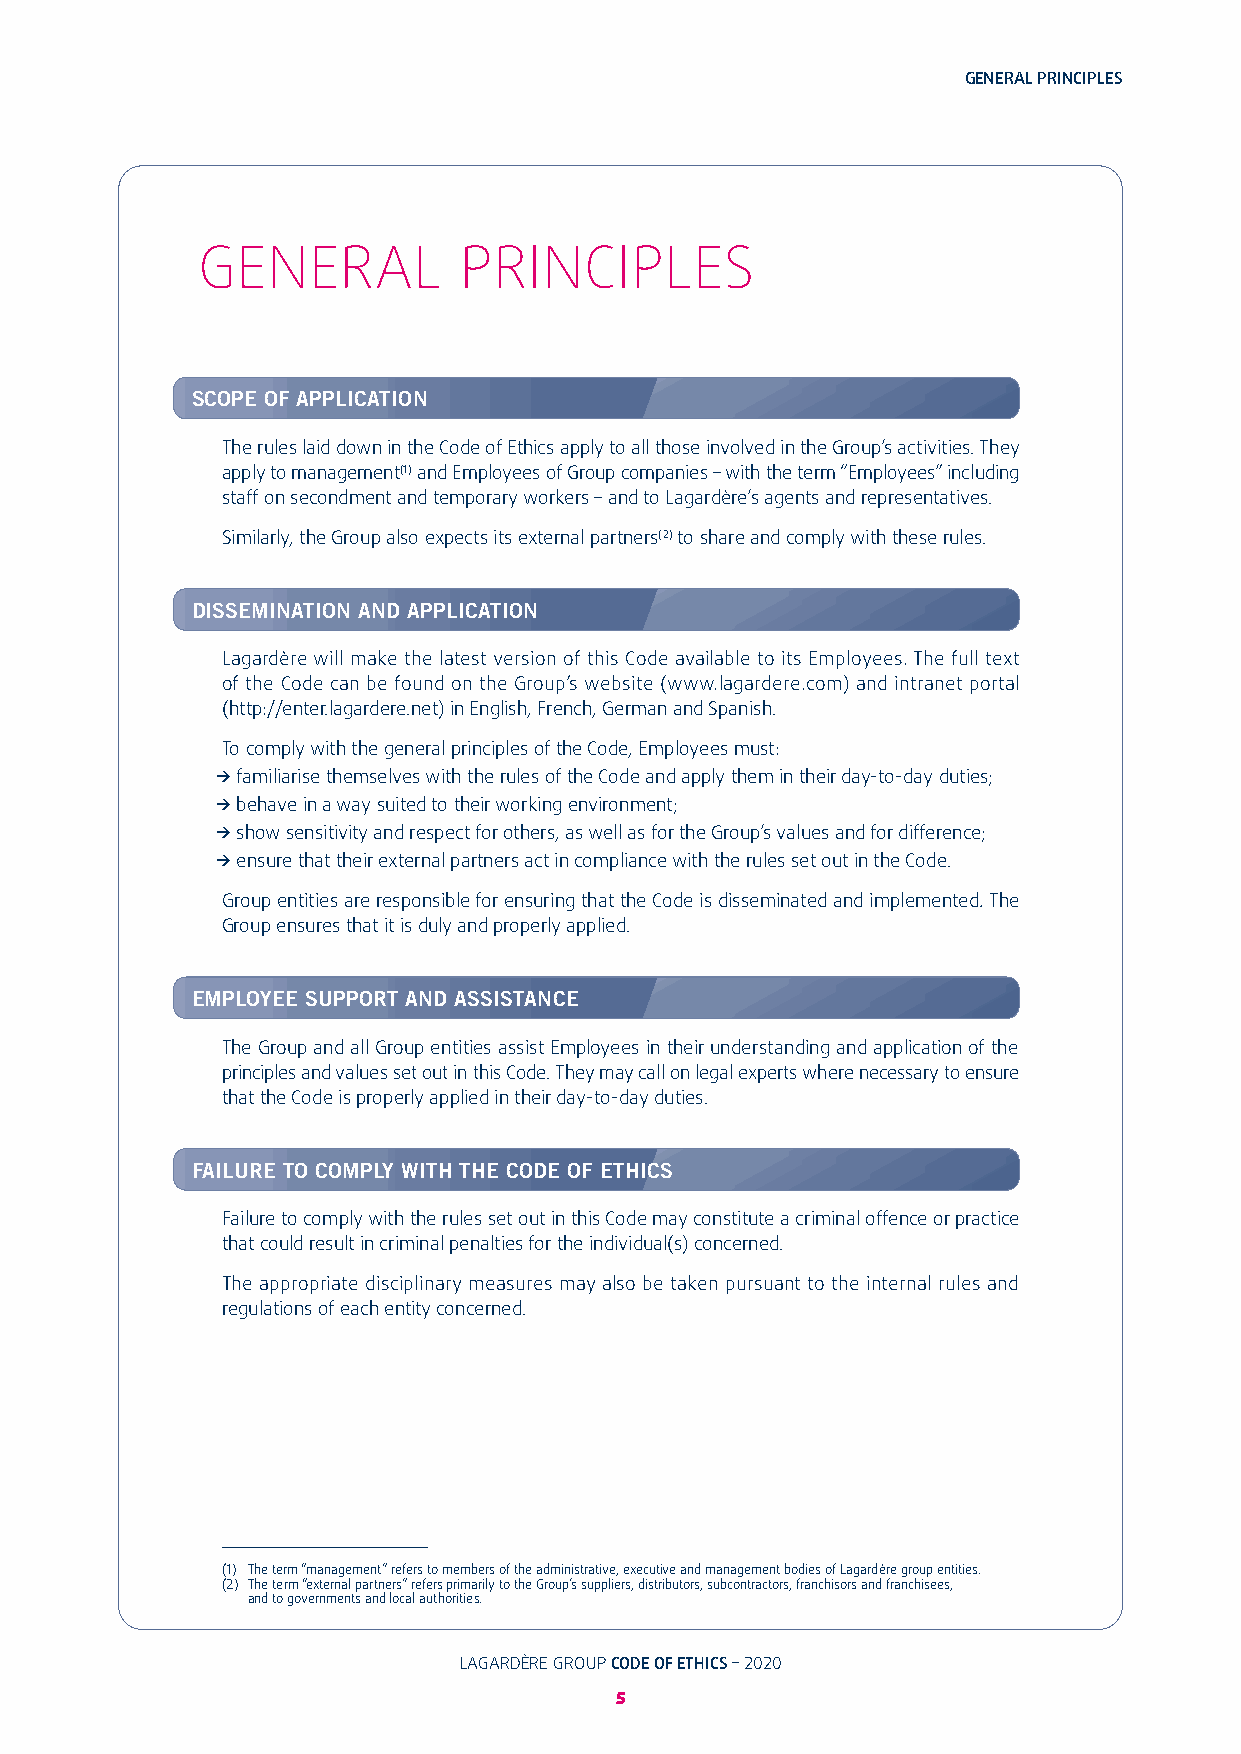
GENERAL PRINCIPLES
 GENERAL          PRINCIPLES
 SCOPE OF APPLICATION
 The rules laid down in the Code of Ethics apply to all those involved in the Group’s activities� They
 apply to management(1) and Employees of Group companies – with the term “Employees” including
 staff on secondment and temporary workers – and to Lagardère’s agents and representatives�
 Similarly, the Group also expects its external partners(2) to share and comply with these rules�
 DISSEMINATION AND APPLICATION
 Lagardère will make the latest version of this Code available to its Employees� The full text
 of the Code can be found on the Group’s website (www�lagardere�com) and intranet portal
 (http://enter�lagardere�net) in English, French, German and Spanish�
 To comply with the general principles of the Code, Employees must:
 _ familiarise themselves with the rules of the Code and apply them in their day-to-day duties;
 _ behave in a way suited to their working environment;
 _ show sensitivity and respect for others, as well as for the Group’s values and for difference;
 _ ensure that their external partners act in compliance with the rules set out in the Code�
 Group entities are responsible for ensuring that the Code is disseminated and implemented� The
 Group ensures that it is duly and properly applied�
 EMPLOYEE SUPPORT AND ASSISTANCE
 The Group and all Group entities assist Employees in their understanding and application of the
 principles and values set out in this Code� They may call on legal experts where necessary to ensure
 that the Code is properly applied in their day-to-day duties�
 FAILURE TO COMPLY WITH THE CODE OF ETHICS
 Failure to comply with the rules set out in this Code may constitute a criminal offence or practice
 that could result in criminal penalties for the individual(s) concerned�
 The appropriate disciplinary measures may also be taken pursuant to the internal rules and
 regulations of each entity concerned�
 (1) The term “management” refers to members of the administrative, executive and management bodies of Lagardère group entities�
 (2) T he term “external partners” refers primarily to the Group’s suppliers, distributors, subcontractors, franchisors and franchisees,
 and to governments and local authorities�
 LAGARDÈRE GROUP CODE OF ETHICS – 2020                                              LAGARDÈRE GROUP CODE OF ETHICS – 2020
 5